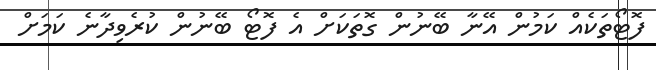
ފޮޓޯތަކެއް ކަމުން އޭނާ ބޭނުން ގޮތަކަށް އެ ފޮޓޯ ބޭނުން ކުރެވިދާނެ ކަމަށް